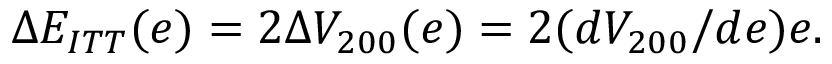
\Delta E _ { I T T } ( e ) = 2 \Delta V _ { 2 0 0 } ( e ) = 2 ( d V _ { 2 0 0 } / d e ) e .